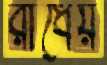
রাধেয়